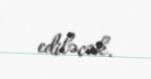
ediləcək.